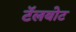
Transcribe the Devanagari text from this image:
टॅलबोट